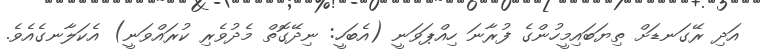
އަދި ރޭގަނޑަށް ތިޔަބައިމީހުންގެ ފުރާނަ ހިއްޕަވަނީ (އެބަހީ: ނިދޭގޮތް މެދުވެރި ކުރައްވަނީ) އެކަލާނގެއެވެ.